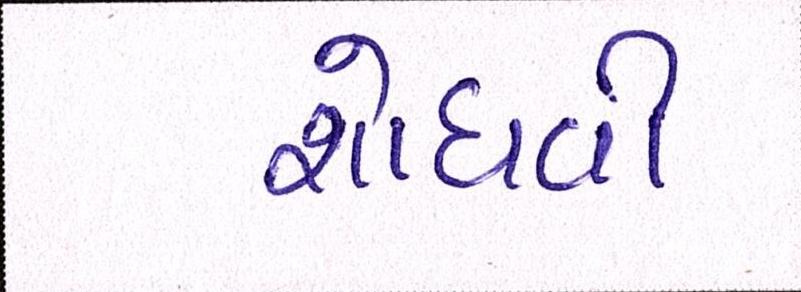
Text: શોધવી